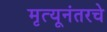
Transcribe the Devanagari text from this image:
मृत्यूनंतरचे